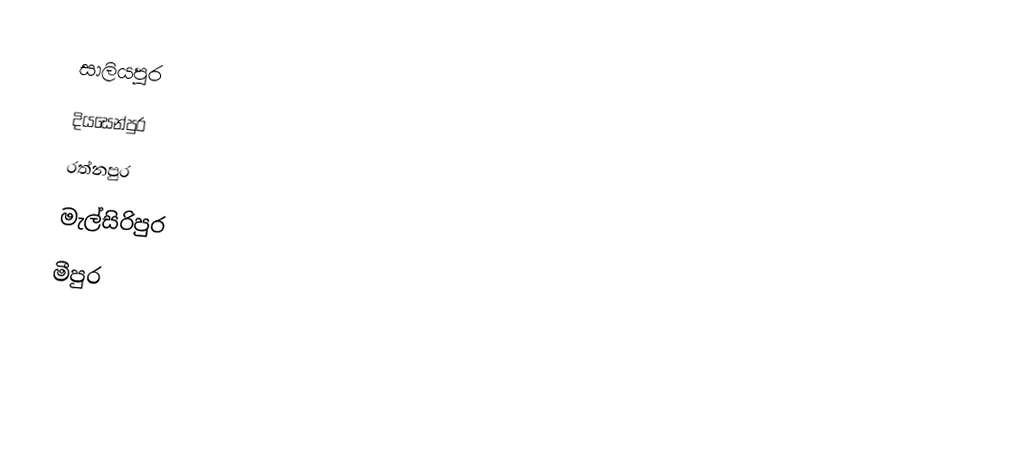
සාලියපුර
දියසෙන්පුර
රත්නපුර
මැල්සිරිපුර
මීපුර